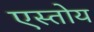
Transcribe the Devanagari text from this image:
एस्तोय